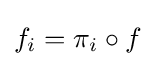
f_{i}=\pi _{i}\circ f